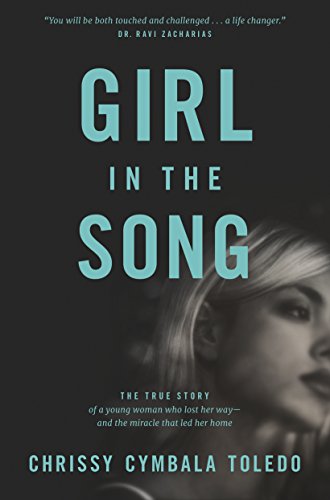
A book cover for Girl in the Song: The True Story of a Young Woman Who Lost Her Way--and the Miracle That Led Her Home; Chrissy Cymbala Toledo; Christian Books & Bibles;